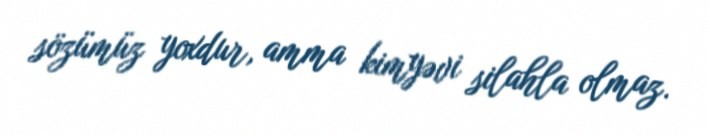
sözümüz yoxdur, amma kimyəvi silahla olmaz.